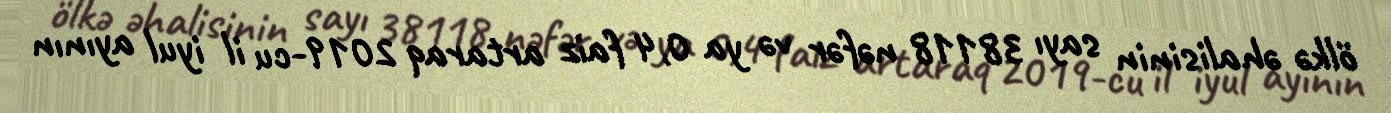
ölkə əhalisinin sayı 38118 nəfər və ya 0,4 faiz artaraq 2019-cu il iyul ayının